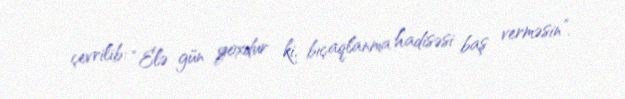
çevrilib: “Elə gün yoxdur ki, bıçaqlanma hadisəsi baş verməsin”.